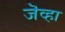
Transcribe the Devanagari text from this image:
जॆव्हा